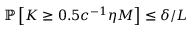
\mathbb { P } \left[ K \ge 0 . 5 c ^ { - 1 } \eta M \right] \le \delta / L